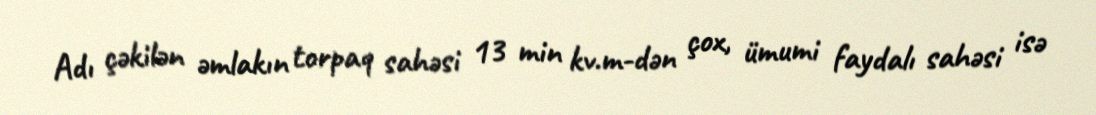
Adı çəkilən əmlakın torpaq sahəsi 13 min kv.m-dən çox, ümumi faydalı sahəsi isə